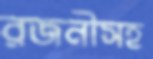
রজনীসহ